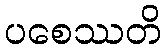
ပစေဿတိ